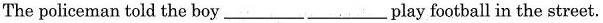
The policeman told the boy______play football in the street.